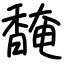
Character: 馣